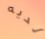
لديه